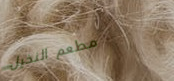
مطعم النخيل